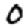
Digit: 0